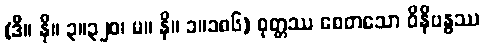
(ဒီ။ နိ။ ၃။၃၂၀၊ မ။ နိ။ ၁။၁၈၆) ဝုတ္တဿ စေတသော ဝိနိဗန္ဓဿ